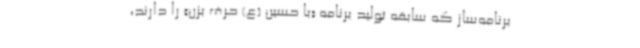
برنامه‌ساز که سابقه تولید برنامه «با حسین (ع) حرف بزن» را دارند،